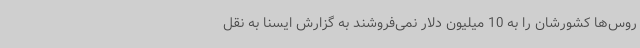
روس‌ها کشورشان را به 10 میلیون دلار نمی‌فروشند به گزارش ایسنا به نقل